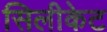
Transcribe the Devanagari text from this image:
सिलीकेट